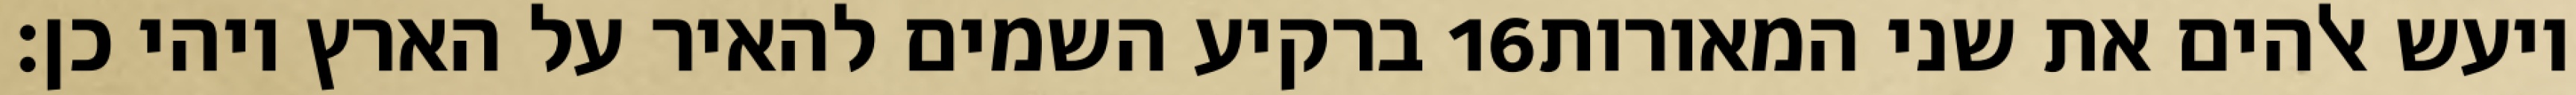
ברקיע השמים להאיר על הארץ ויהי כן׃ ‎16‏ ויעש אלהים את שני המאורות